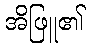
အိဖြူ၏